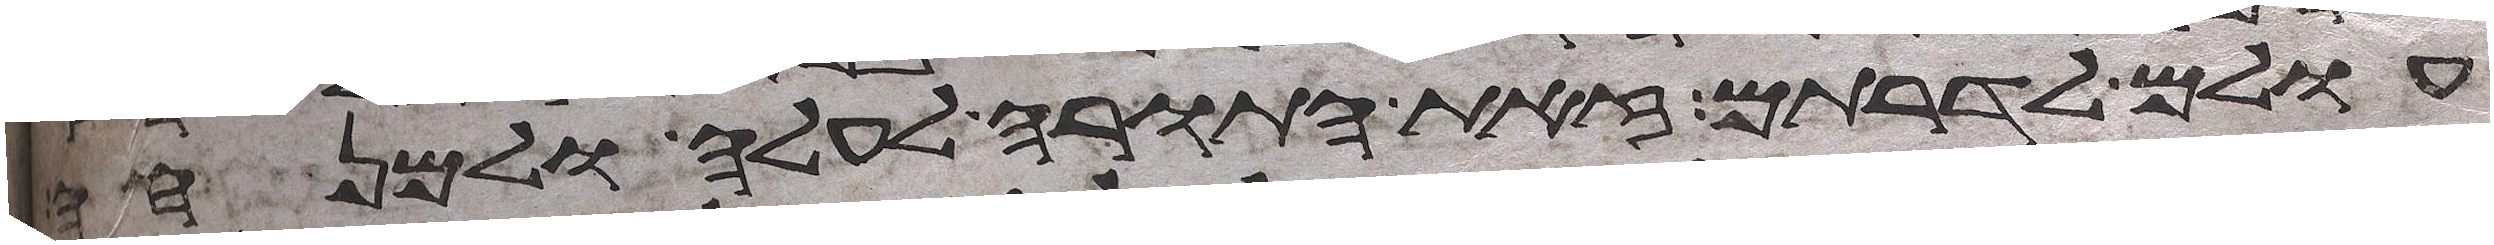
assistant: עולם לדרותם זאת התורה לעלה ולמנחה